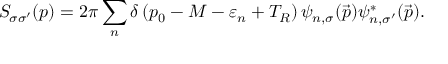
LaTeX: { \cal S } _ { \sigma \sigma ^ { \prime } } ( p ) = 2 \pi \sum _ { n } \delta \left( p _ { 0 } - M - \varepsilon _ { n } + T _ { R } \right) \psi _ { n , \sigma } ( { \vec { p } } ) \psi _ { n , \sigma ^ { \prime } } ^ { * } ( { \vec { p } } ) .